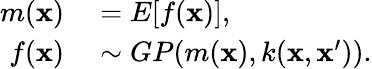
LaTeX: \begin{array}{rl}{m(\mathbf{x})}&{{}=E[f(\mathbf{x})],}\\ {f(\mathbf{x})}&{{}\sim GP(m(\mathbf{x}),k(\mathbf{x},\mathbf{x}^{\prime})).}\end{array}